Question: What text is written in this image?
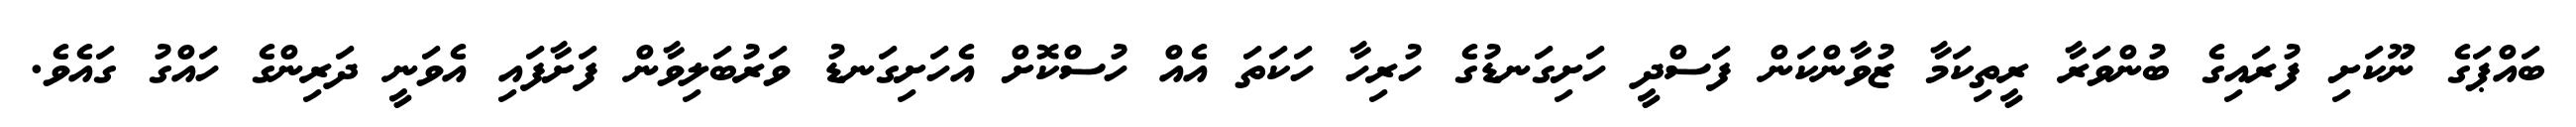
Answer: ބައްޕަގެ ނޫކަށި ފުރައިގެ ބުންވަރާ ރީތިކަމާ ޒުވާންކަން ފަސްދީ ހަށިގަނޑުގެ ހުރިހާ ހަކަތަ އެއް ހުސްކޮށް އެހަށިގަނޑު ވަރުބަލިވާން ފަށާފައި އެވަނީ ދަރިންގެ ހައްގު ގައެވެ.